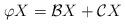
LaTeX: \begin{align*}\varphi X=\mathcal{B}X+\mathcal{C}X \end{align*}